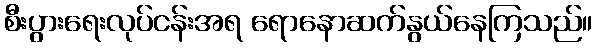
စီးပွားရေးလုပ်ငန်းအရ ရောနောဆက်နွယ်နေကြသည်။